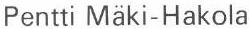
Pentti Mäki-Hakola